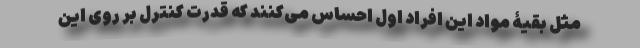
مثل بقیۀ مواد این افراد اول احساس می‌کنند که قدرت کنترل بر روی این